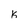
Character: k